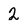
Character: 2